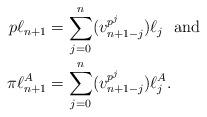
LaTeX: \begin{align*} p\ell_{n+1} & = \sum_{j=0}^{n} (v_{n+1-j}^{p^j}) \ell_j \mbox{\ \ and} \\ \pi \ell_{n+1}^A & = \sum_{j=0}^{n} (v_{n+1-j}^{p^j}) \ell_j^A .\end{align*}